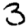
Digit: 3